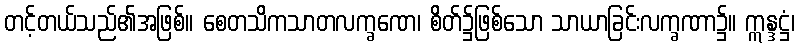
တင့်တယ်သည်၏အဖြစ်။ စေတသိကသာတလက္ခဏေ၊ စိတ်၌ဖြစ်သော သာယာခြင်းလက္ခဏာ၌။ ဣန္ဒဋ္ဌံ၊